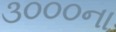
૩૦૦૦ના